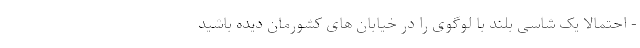
- احتمالا یک شاسی بلند با لوگوی را در خیابان های کشورمان دیده باشید